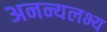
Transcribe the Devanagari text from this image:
अनन्यलभ्य